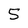
Character: 5